Indian journal of veterinary science and animal husbandry - Volume 8,
Year: 1938
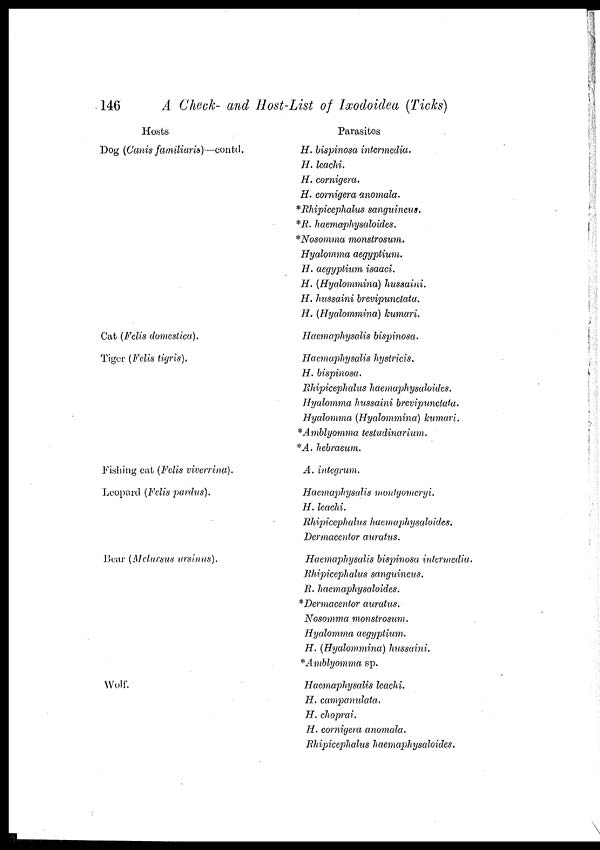
146
A Check- and Host-List of Ixodoidea (Ticks)
Hosts
Dog (Canis familiaris)—contd.
Cat (Felis domestica).
Tiger (Felis tigris).
Fishing cat (Felis viverrina).
Leopard (Felis pardus).
Bear (Melursus ursinus).
Wolf.
Parasites
H. bispinosa intermedia.
H. leachi.
H. cornigera.
H. cornigera anomala.
*Rhipicephalus sanguineus.
*R. haemaphysaloides.
*Nosomma monstrosum.
Hyalomma aegyptium.
H. aegyptium isaaci.
H. (Hyalommina) hussaini.
H. hussaini brevipunctata.
H. (Hyalommina) kumari.
Haemaphysalis bispinosa.
Haemaphysalis hystricis.
H. bispinosa.
Rhipicephalus haemaphysaloides.
Hyalomma hussaini brevipunctata.
Hyalomma (Hyalommina) kumari.
*Amblyomma testudinarium.
*A. hebraeum.
A. integrum.
Haemaphysalis montgomeryi.
H. leachi.
Rhipicephalus haemaphysaloides.
Dermacentor auratus.
Haemaphysalis bispinosa intermedia.
Rhipicephalus sanguineus.
R. haemaphysaloides.
*Dermacentor auratus.
Nosomma monstrosum.
Hyalomma aegyptium.
H. (Hyalommina) hussaini.
*Amblyomma sp.
Haemaphysalis leachi.
H. campanulata.
H. choprai.
H. cornigera anomala.
Rhipicephalus haemaphysaloides.